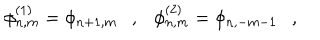
LaTeX: \phi _ { n , m } ^ { ( 1 ) } = \phi _ { n + 1 , m } , \phi _ { n , m } ^ { ( 2 ) } = \phi _ { n , - m - 1 } ,